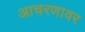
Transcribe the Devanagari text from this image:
आचरणावर